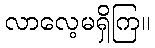
လာလေ့မရှိကြ။